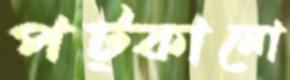
পট্‌কানো